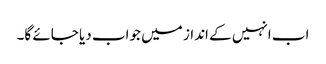
اب انہیں کے انداز میں جواب دیا جائے گا۔